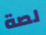
لصة